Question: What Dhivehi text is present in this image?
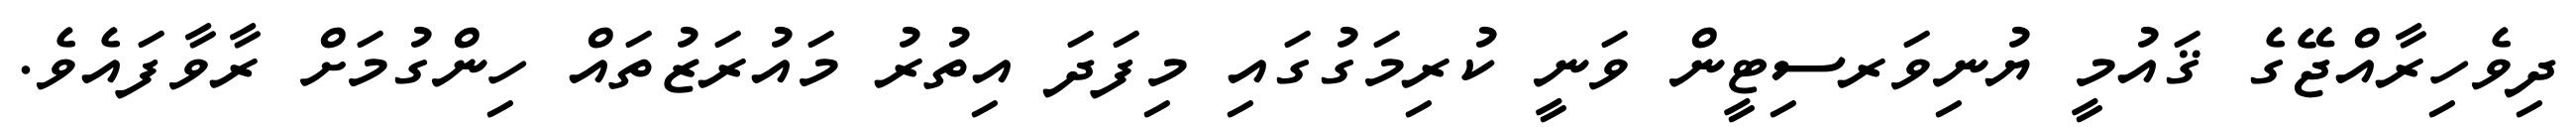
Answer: ދިވެހިރާއްޖޭގެ ޤައުމީ ޔުނިވަރސިޓީން ވަނީ ކުރިމަގުގައި މިފަދަ އިތުރު މައުރަޒުތައް ހިންގުމަށް ރާވާފައެވެ.